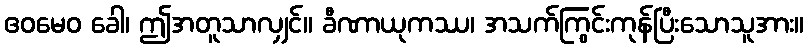
ဧဝမေဝ ခေါ၊ ဤအတူသာလျှင်။ ခီဏာယုကဿ၊ အသက်ကြွင်းကုန်ပြီးသောသူအား။